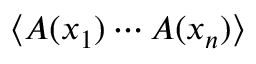
\langle A ( x _ { 1 } ) \cdots A ( x _ { n } ) \rangle